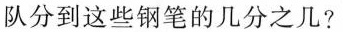
队分到这些钢笔的几分之几?